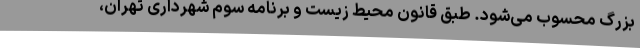
بزرگ محسوب می‌شود. طبق قانون محیط‌ زیست و برنامه سوم شهرداری تهران،